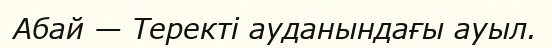
Абай — Теректі ауданындағы ауыл.